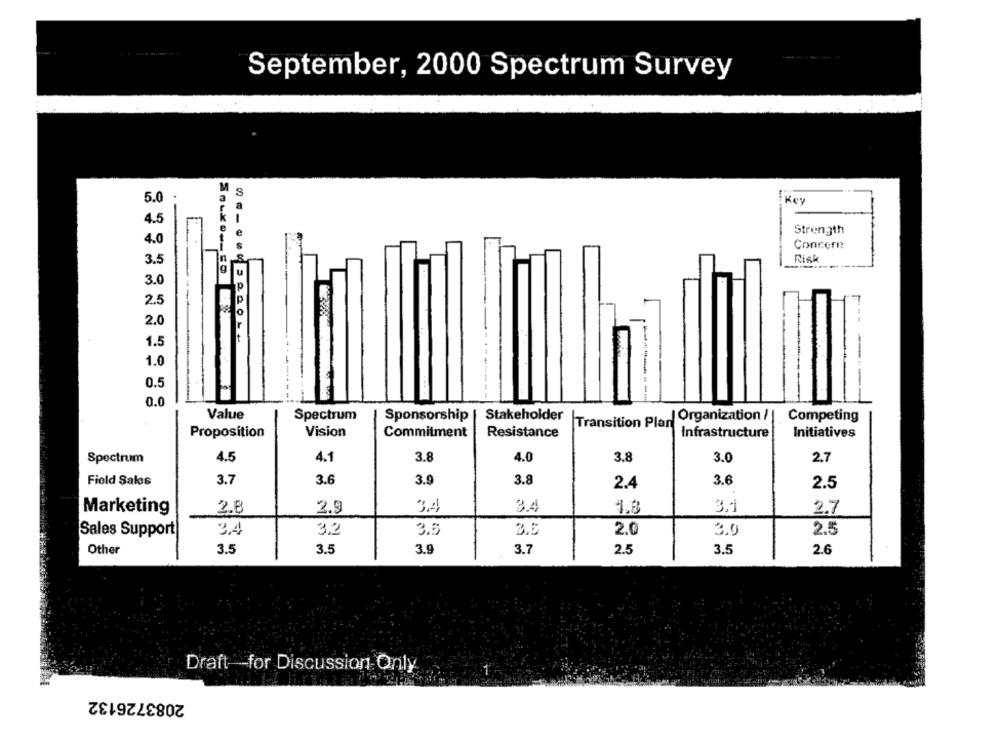
September, 2000 Spectrum Survey
5.0
Key
Strength
4.
Concofi?
Risk
3.5
3.0
2.5
2.0
1.5
1.0
0.5
0.0
Value
Spectrum
Stakeholder
Transition Plan Organization /
Sponsorship
Competing
Proposition
Vision
Commitment
Resistance
Infrastructure
Initiatives
Spectrum
4.5
4.1
3.8
4.0
3.8
3.0
2.7
Field Sales
3.7
3.6
3.9
3.8
3.6
2.4
2.5
Marketing
2.8
2.9
3.4
3.4
1.3
3.1
2.7
Sales Support
34
3,2
3.5
3.5
2.0
3.0
2.5
Other
3.5
3.5
3.9
3.7
2.5
3.5
2.6
Draft -- for Discussion Only
2083726132